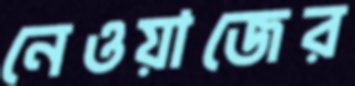
নেওয়াজের